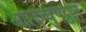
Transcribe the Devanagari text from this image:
आदिच्चुपट्ठान